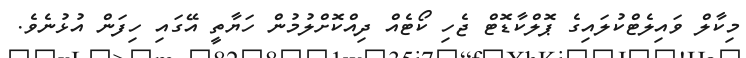
މިކާލް ވައިލެޓްކުލައިގެ ޕޮލްކާޑޮޓް ޖެހި ކޯޓެއް ދިއްކޮށްލުމުން ހަޔާތީ އޭގައި ހިފަން އުޅުނެވެ.